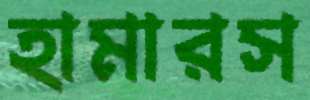
হামারস